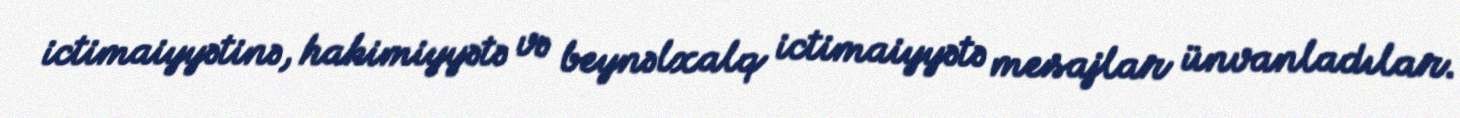
ictimaiyyətinə, hakimiyyətə və beynəlxalq ictimaiyyətə mesajlar ünvanladılar.